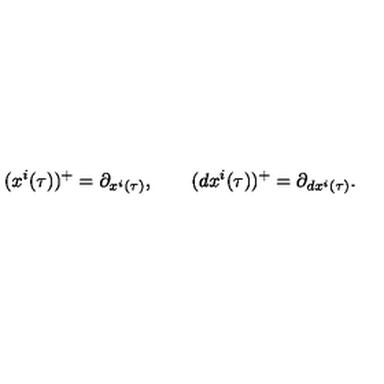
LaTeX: ( x ^ { i } ( \tau ) ) ^ { + } = \partial _ { x ^ { i } ( \tau ) } , \qquad ( d x ^ { i } ( \tau ) ) ^ { + } = \partial _ { d x ^ { i } ( \tau ) } .